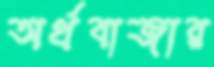
অর্থবাজার